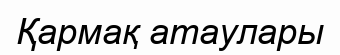
Қармақ атаулары